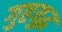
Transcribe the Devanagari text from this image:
गुहयुद्ध